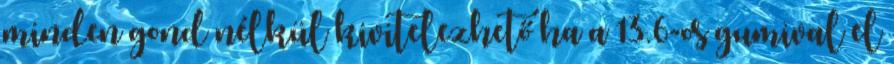
minden gond nélkül kivitelezhető ha a 13.6-os gumival el